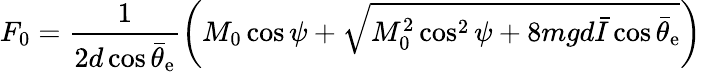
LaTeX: F_{0}=\frac{1}{2d\cos\bar{\theta}_{\mathrm{e}}}\left(M_{0}\cos\psi+\sqrt{M_{0}^{2}\cos^{2}\psi+8mgd\bar{I}\cos\bar{\theta}_{\mathrm{e}}}\right)